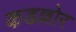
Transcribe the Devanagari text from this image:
कडल्लोर